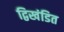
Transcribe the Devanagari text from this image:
द्विखंडित